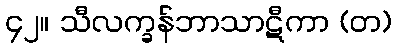
၄၂။ သီလက္ခန်ဘာသာဋီကာ (တ)